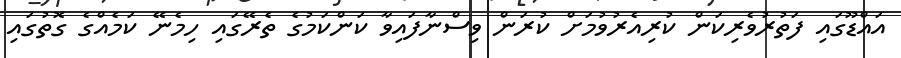
އައްޑޫގައި ފަތުރުވެރިކަން ކުރިއެރުވުމަށް ކުރަން ވިސްނާފައިވާ ކަންކަމުގެ ތެރޭގައި ހިމެނޭ ކަމެއްގެ ގޮތުގައި